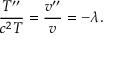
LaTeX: { \frac { T ^ { \prime \prime } } { c ^ { 2 } T } } = { \frac { v ^ { \prime \prime } } { v } } = - \lambda .